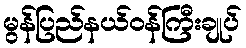
မွန်ပြည်နယ်ဝန်ကြီးချုပ်